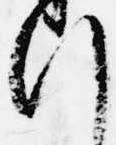
行